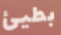
بطيئ